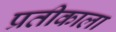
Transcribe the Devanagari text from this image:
प्रतीकाला